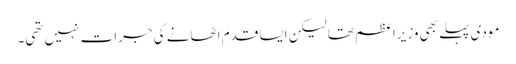
مودی پہلے بھی وزیراعظم تھا لیکن ایسا قدم اٹھانے کی جرات نہیں تھی۔